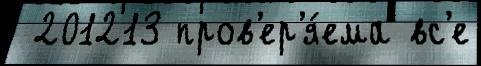
 201213 пров'ер'я́ема вс'е